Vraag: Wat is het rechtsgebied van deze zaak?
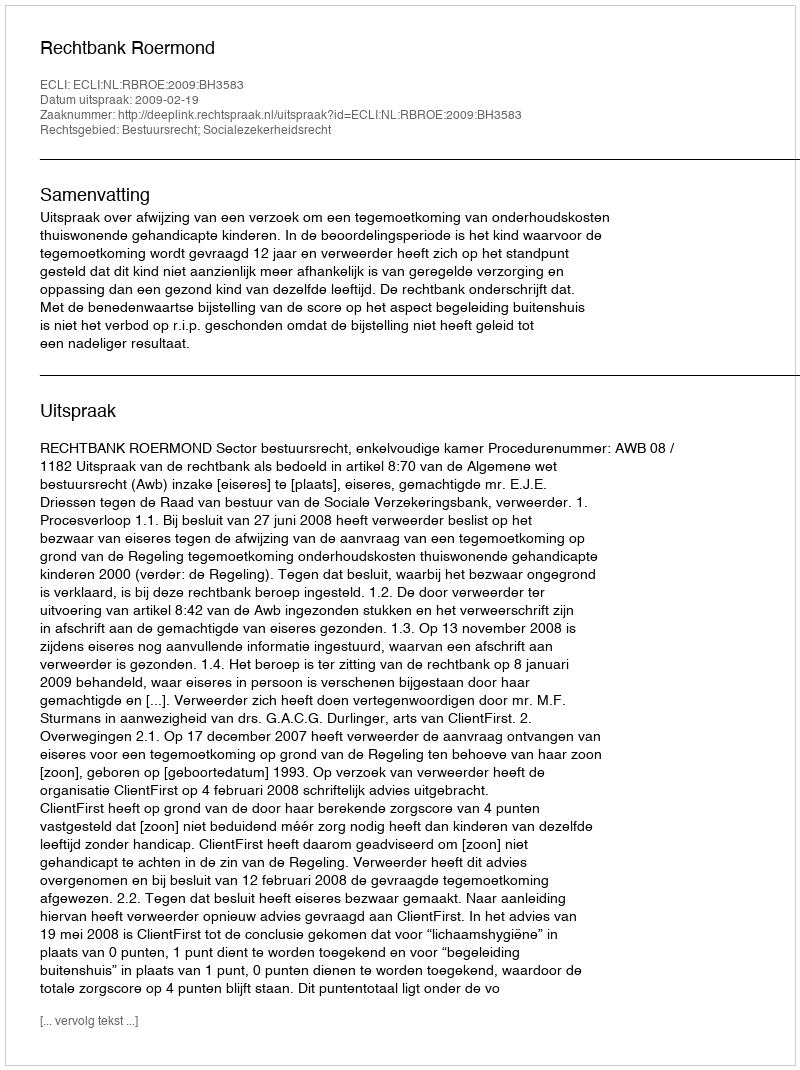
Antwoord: Bestuursrecht; Socialezekerheidsrecht